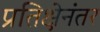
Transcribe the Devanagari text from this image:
प्रतिक्षेनंतर